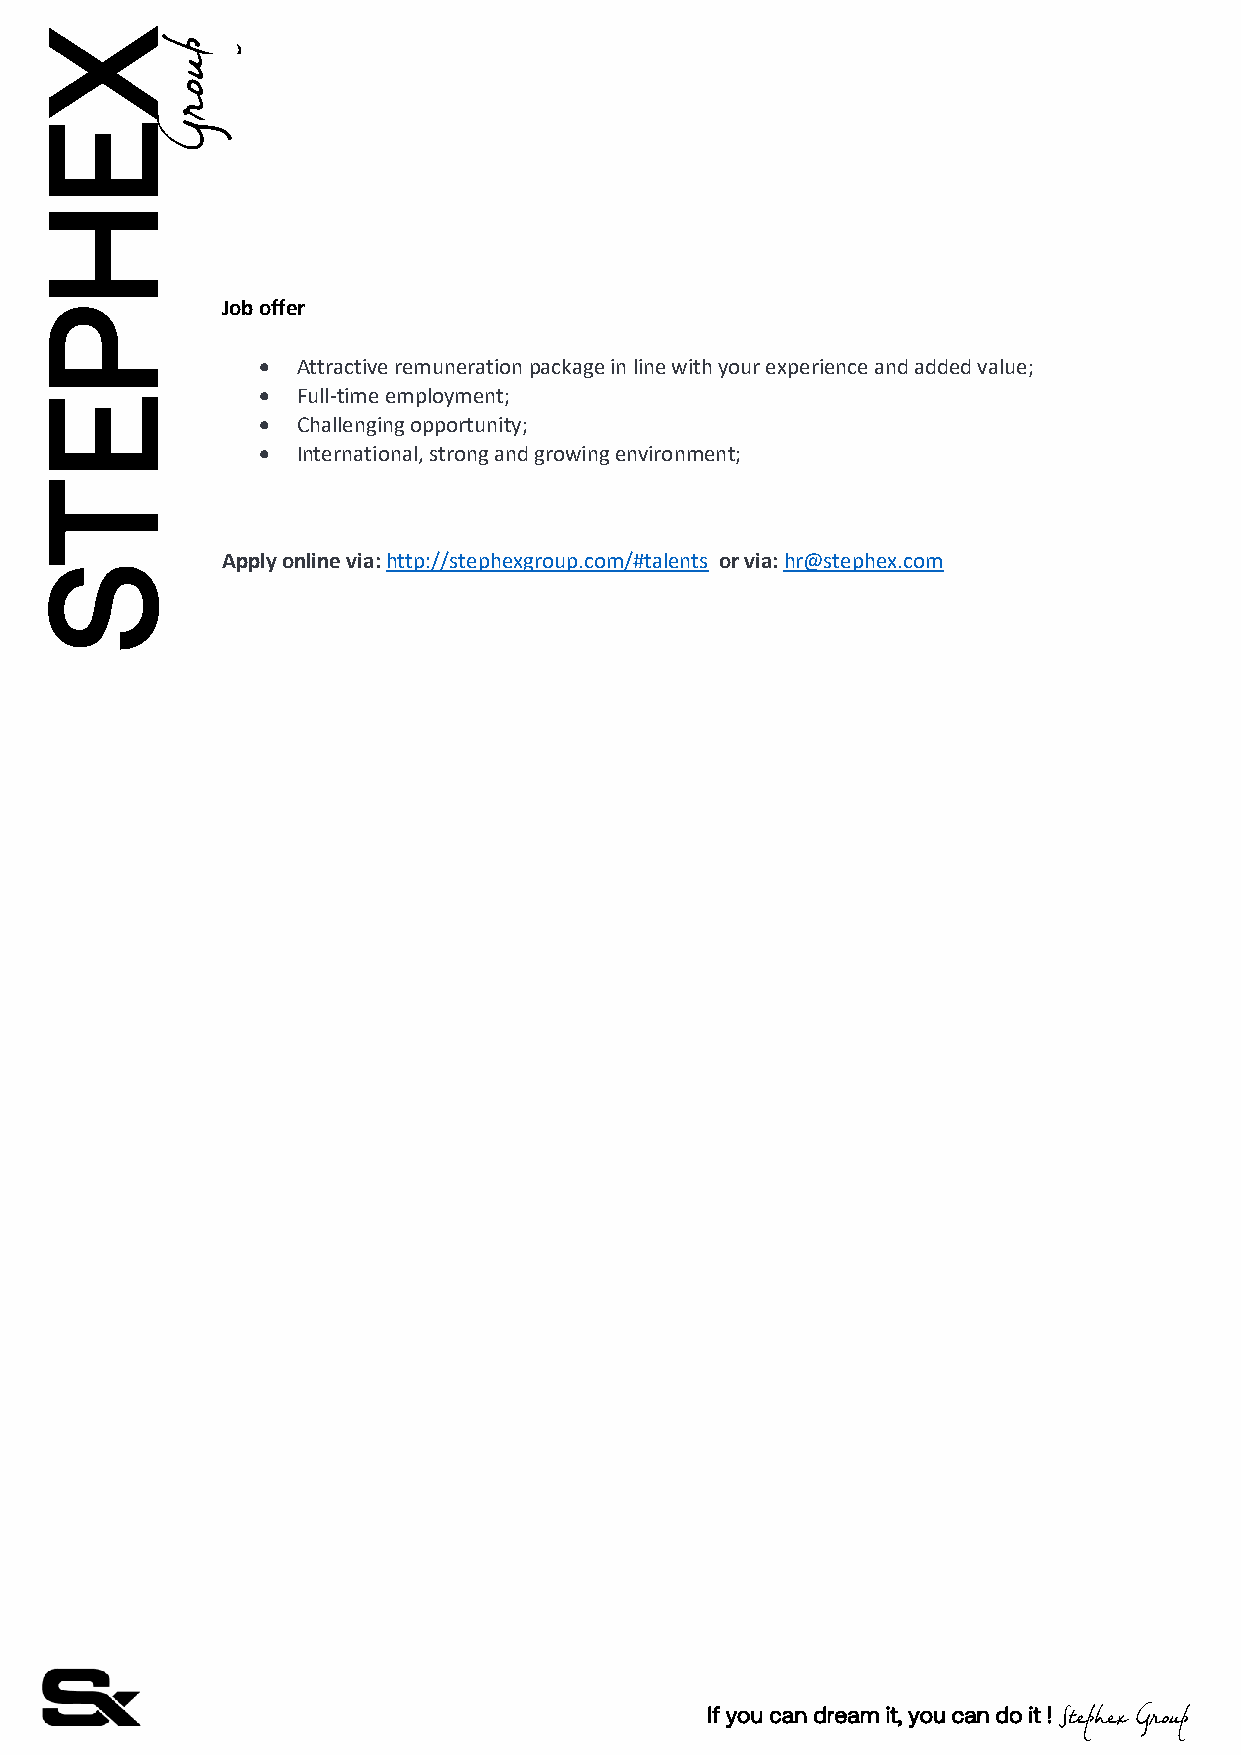
X
 E
 H
 Job offer
 P
 •  Attractive remuneration package in line with your experience and added value;
 •  Full-time employment;
 E
 •  Challenging opportunity;
 •  International, strong and growing environment;
 T
 Apply online via: http://stephexgroup.com/#talents or via: hr@stephex.com
 S
 If you can dream it, you can do it !